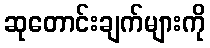
ဆုတောင်းချက်များကို